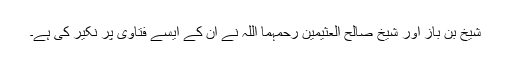
شیخ بن باز اور شیخ صالح العثیمین رحمہما اللہ نے ان کے ایسے فتاوی پر نکیر کی ہے۔